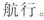
航行。